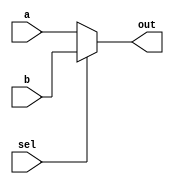
module erxuanyi(out,a,b,sel);
  input a,b,sel;
  output out;
  reg out;
  always @(sel or a or b)begin
      if(!sel)
        out=a;
      else
        out=b;
  end
endmodule